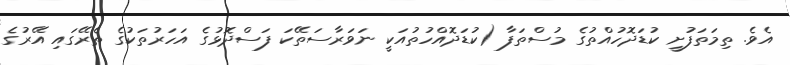
އެވެ. ތިމަތަފުށީ ކުޑަދޮހުއްތުގެ މުސްތަފާ (ކުޑަދޮއްހުތުއަކީ ނަވަރާސަތޭކަ ފަސްދޮޅުގެ އަހަރުތަކުގެ ތެރޭގައި އޭރުގެ